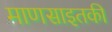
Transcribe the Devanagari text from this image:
माणसाइतकी